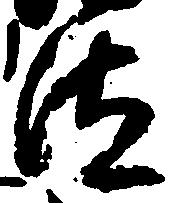
汰